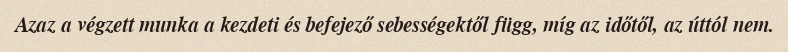
Azaz a végzett munka a kezdeti és befejező sebességektől függ, míg az időtől, az úttól nem.